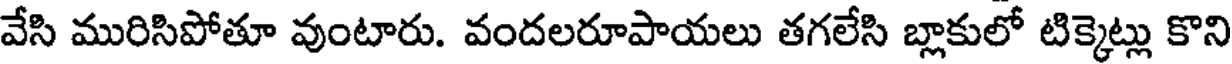
వేసి మురిసిపోతూ వుంటారు. వందలరూపాయలు తగలేసి బ్లాకులో టిక్కెట్లు కొని